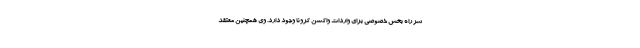
سر راه بخش خصوصی برای واردات واکسن کرونا وجود دارد. وی همچنین معتقد